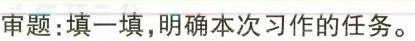
审题：填一填，明确本次习作的任务。